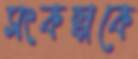
সংকল্পকে